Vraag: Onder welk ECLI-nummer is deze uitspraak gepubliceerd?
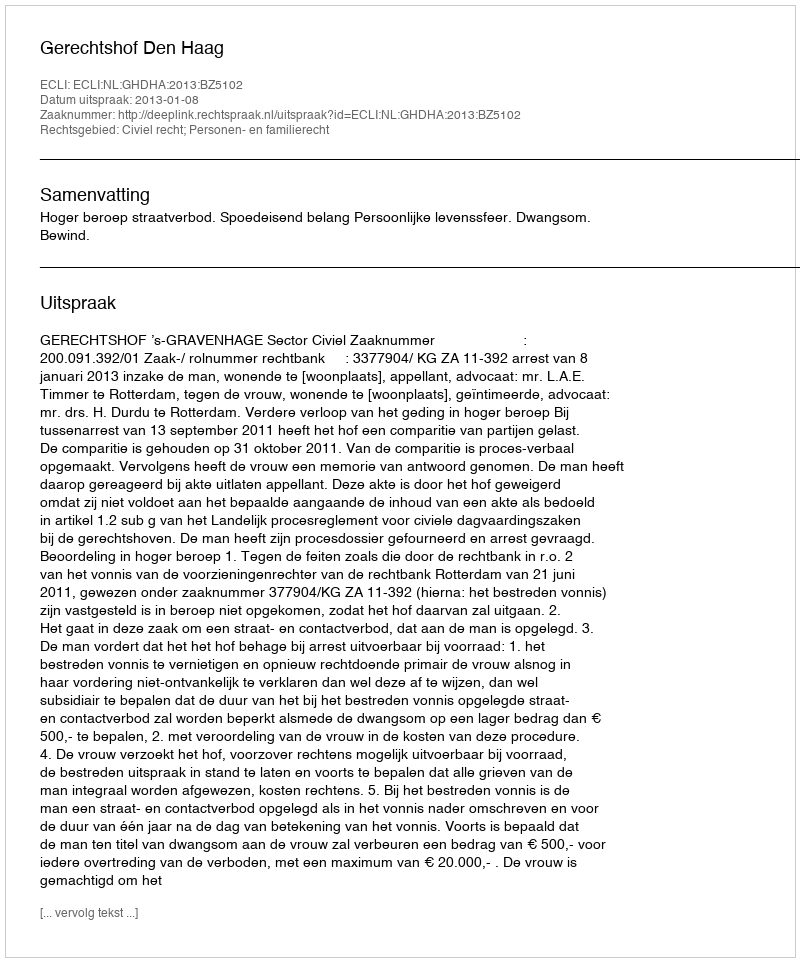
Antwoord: ECLI:NL:GHDHA:2013:BZ5102